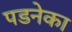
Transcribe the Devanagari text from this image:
पडनेका